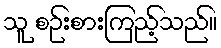
သူ စဉ်းစားကြည့်သည်။